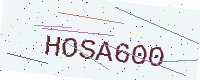
Text: HOSA600